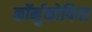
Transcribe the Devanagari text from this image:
कॉर्नुकोपिया